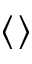
\langle \rangle